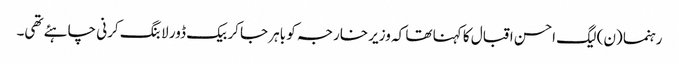
رہنما (ن) لیگ احسن اقبال کا کہنا تھا کہ وزیر خارجہ کو باہر جا کر بیک ڈور لابنگ کرنی چاہئے تھی۔